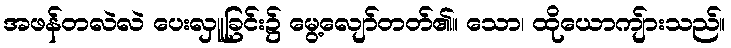
အဖန်တလဲလဲ ပေးလှူခြင်း၌ မွေ့လျော်တတ်၏။ သော၊ ထိုယောကျ်ားသည်။